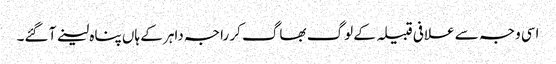
اسی وجہ سے علافی قبیلہ کے لوگ بھاگ کر راجہ داہر کے ہاں پناہ لینے آ گئے۔